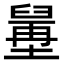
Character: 𦦍